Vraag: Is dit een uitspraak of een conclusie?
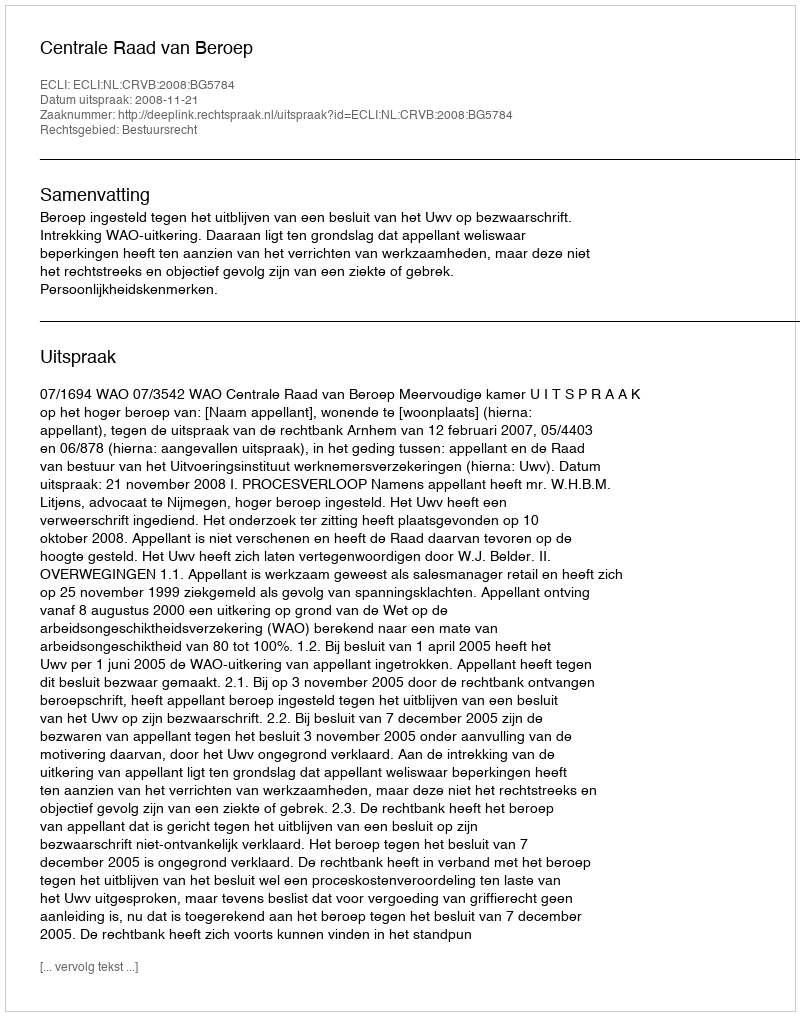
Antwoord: Uitspraak